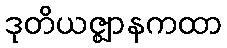
ဒုတိယဇ္ဈာနကထာ